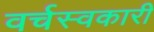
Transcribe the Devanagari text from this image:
वर्चस्वकारी